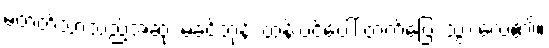
မတတ်သာသည့်အဆုံး မခင်ဘုန်း ထန်းပင်ပေါ် တက်ပြေး သွားလေ၏။